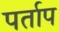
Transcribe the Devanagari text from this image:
पर्ताप